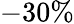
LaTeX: -30\%